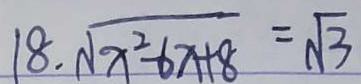
1 8 . \sqrt { x ^ { 2 } - 6 x + 8 } = \sqrt { 3 }